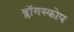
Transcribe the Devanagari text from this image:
ब्लॉगस्कोप